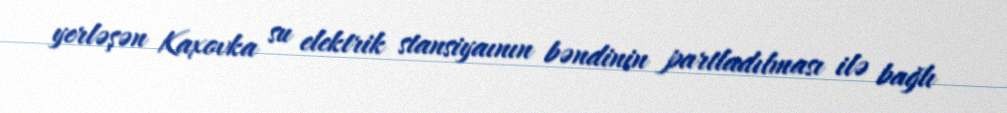
yerləşən Kaxovka su elektrik stansiyaının bəndinin partladılması ilə bağlı